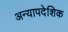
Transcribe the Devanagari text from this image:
अन्यापदेशिक